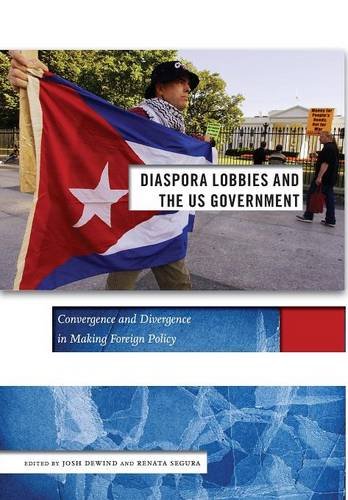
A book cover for Diaspora Lobbies and the US Government: Convergence and Divergence in Making Foreign Policy (Social Science Research Council); Renata Segura; Law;